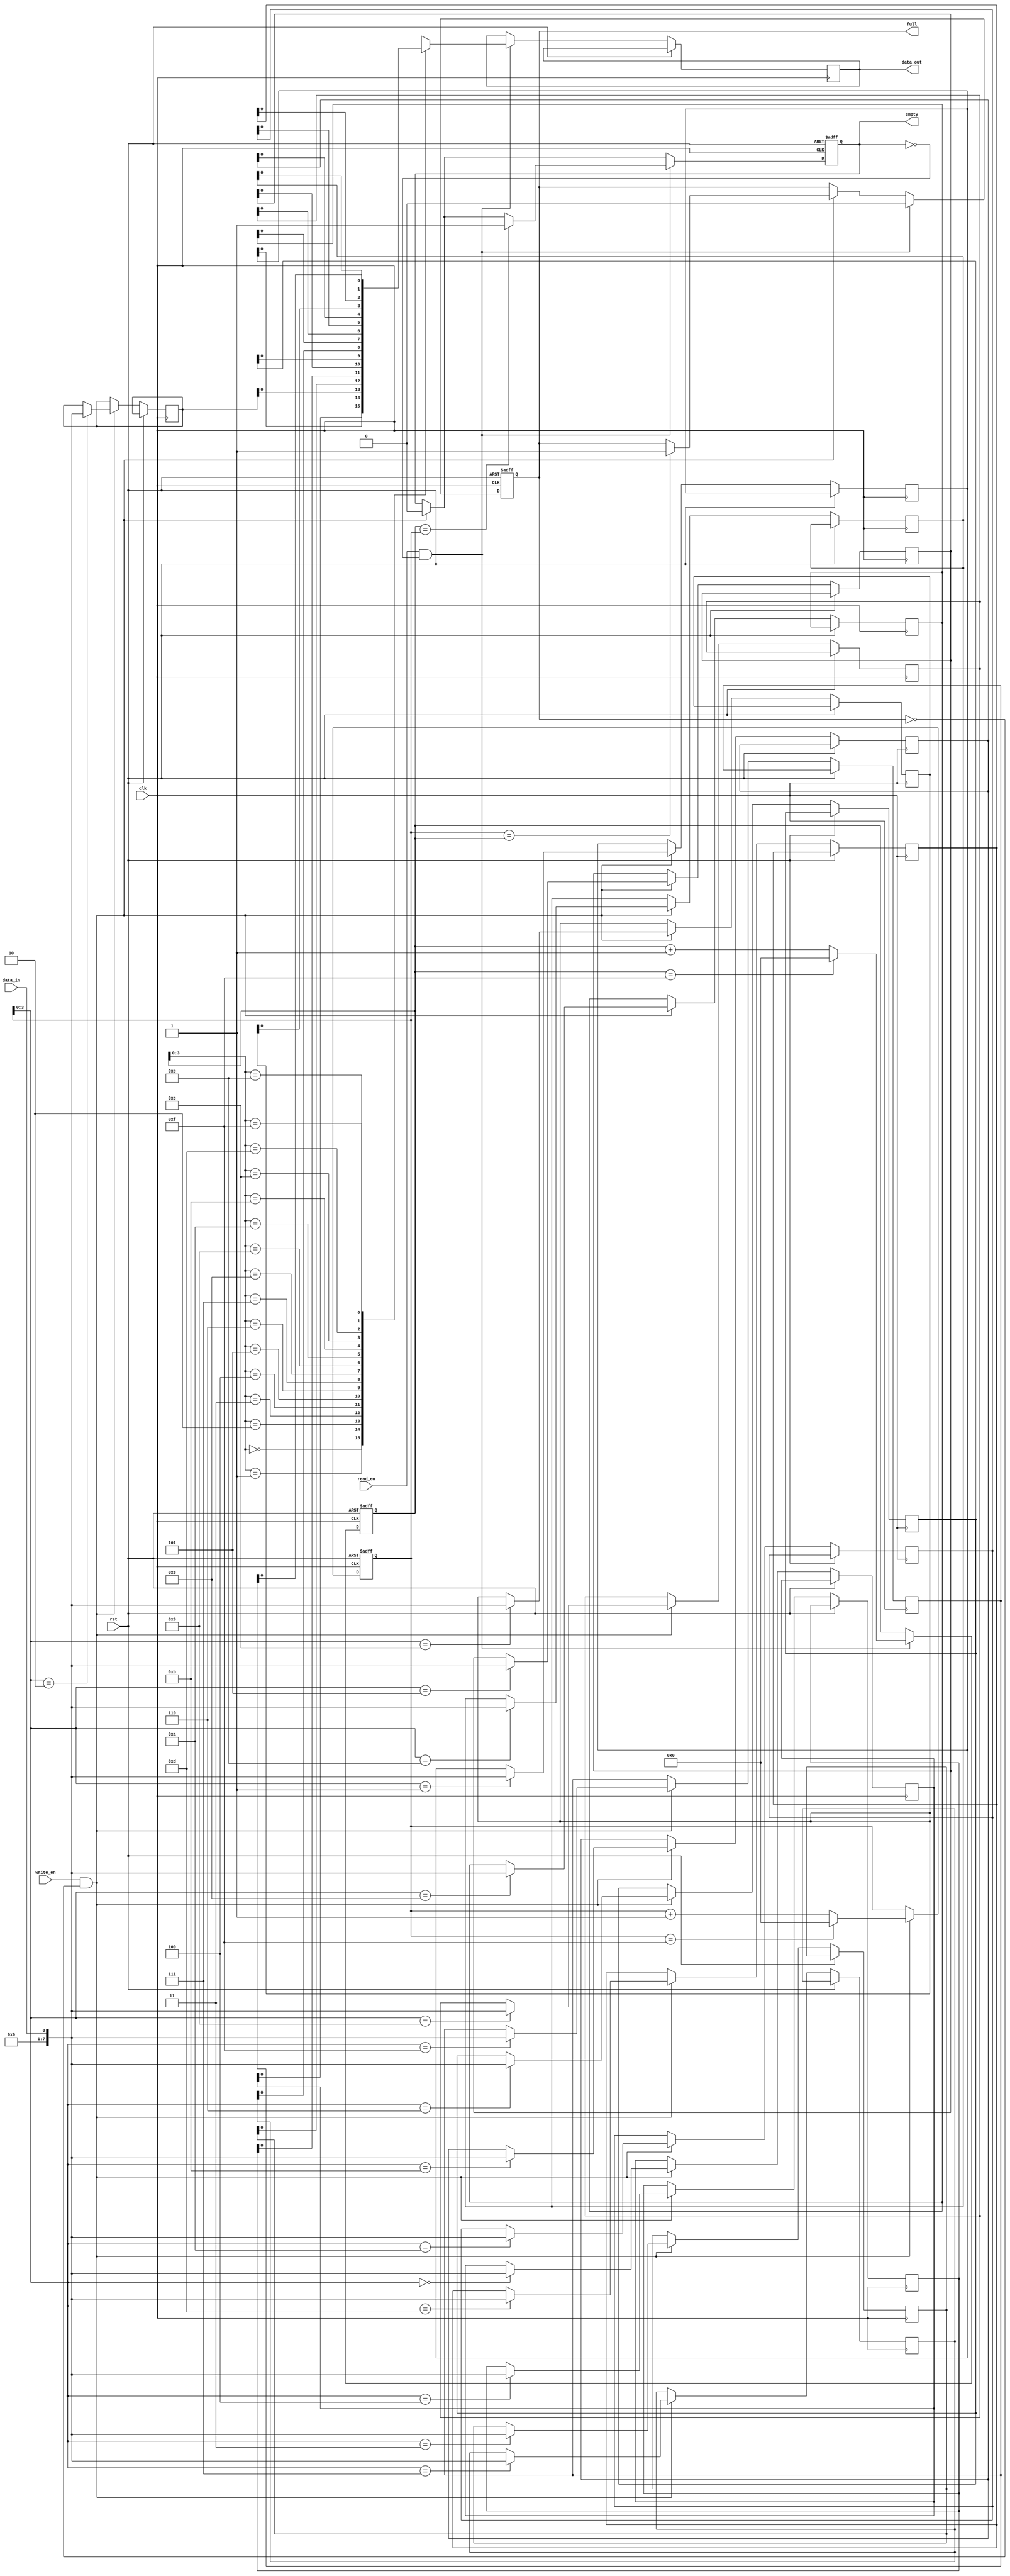
module fifo_buffer (
    input wire clk,
    input wire rst,
    input wire write_en,
    input wire read_en,
    input wire data_in,
    output reg data_out,
    output reg full,
    output reg empty
);

parameter WIDTH = 8;
parameter DEPTH = 16;

reg [WIDTH-1:0] buffer [0:DEPTH-1];
reg [4:0] read_ptr;
reg [4:0] write_ptr;

always @(posedge clk or posedge rst) begin
    if (rst) begin
        read_ptr <= 0;
        write_ptr <= 0;
        full <= 0;
        empty <= 1;
    end else begin
        if (write_en && !full) begin
            buffer[write_ptr] <= data_in;
            write_ptr <= write_ptr + 1;
            if (write_ptr == DEPTH-1)
                write_ptr <= 0;
            empty <= 0;
            if (write_ptr == read_ptr)
                full <= 1;
        end
        
        if (read_en && !empty) begin
            data_out <= buffer[read_ptr];
            read_ptr <= read_ptr + 1;
            if (read_ptr == DEPTH-1)
                read_ptr <= 0;
            full <= 0;
            if (read_ptr == write_ptr)
                empty <= 1;
        end
    end
end

endmodule